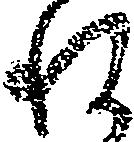
ね